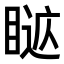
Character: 𥈚